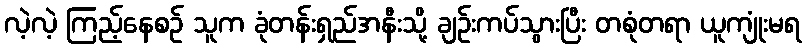
လဲ့လဲ့ ကြည့်နေစဉ် သူက ခုံတန်းရှည်အနီးသို့ ချဉ်းကပ်သွားပြီး တစုံတရာ ယူကျုံးမရ